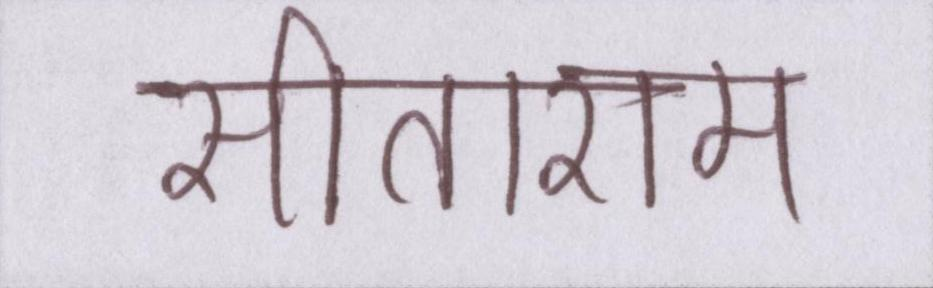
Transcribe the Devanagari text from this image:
सीताराम